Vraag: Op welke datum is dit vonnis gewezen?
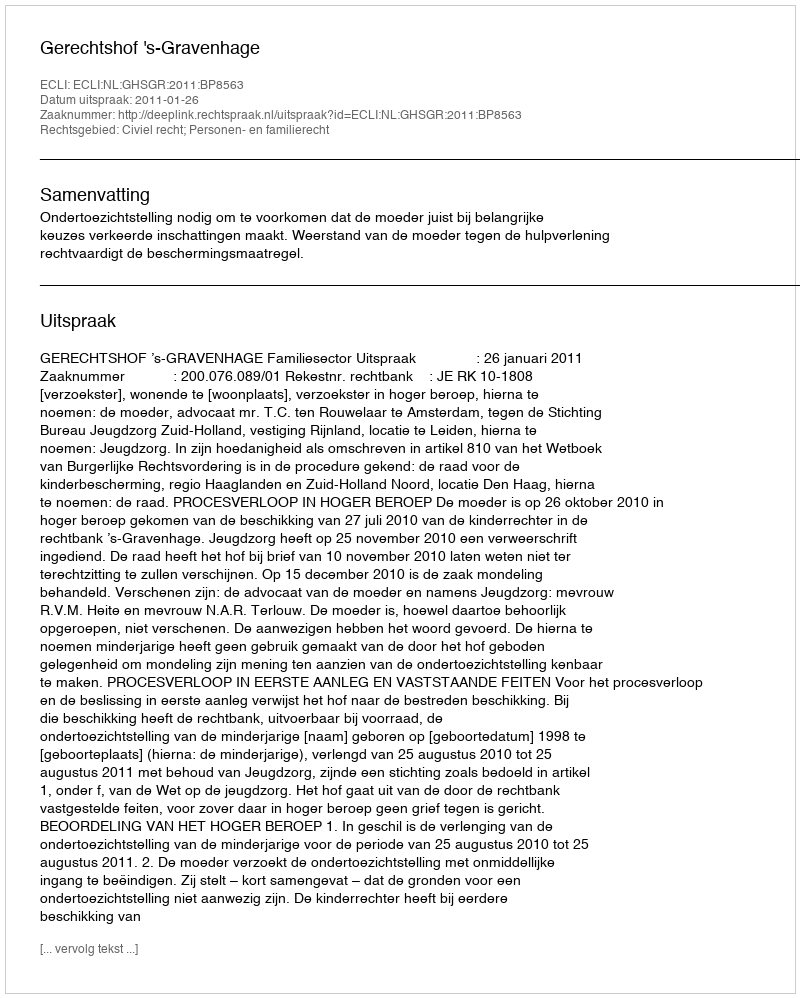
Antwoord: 2011-01-26